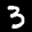
Label: 3